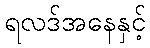
ရလဒ်အနေနှင့်